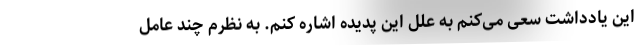
این یادداشت سعی می‌کنم به علل این پدیده اشاره کنم. به نظرم چند عامل